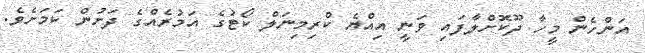
އަންހެން މީހާ ދޫކޮށްލާފައި ވަނީ އިއްޔެ ކްރިމިނަލް ކޯޓުގެ އަމުރެއްގެ ދަށުން ކަމަށެވެ.